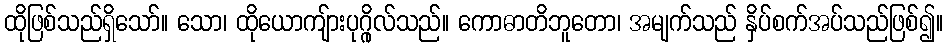
ထိုဖြစ်သည်ရှိသော်။ သော၊ ထိုယောကျ်ားပုဂ္ဂိုလ်သည်။ ကောဓာတိဘူတော၊ အမျက်သည် နှိပ်စက်အပ်သည်ဖြစ်၍။